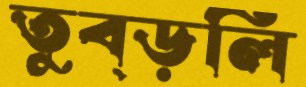
তুব্‌ড়লি